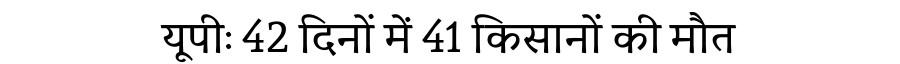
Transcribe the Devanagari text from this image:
यूपीः 42 दिनों में 41 किसानों की मौत